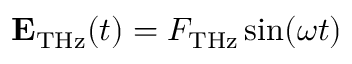
\mathbf { E } _ { \mathrm { { T H z } } } ( t ) = F _ { \mathrm { { T H z } } } \sin ( \omega t )